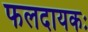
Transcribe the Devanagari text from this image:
फलदायकः